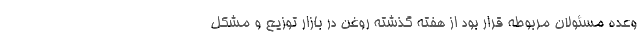
وعده مسئولان مربوطه قرار بود از هفته گذشته روغن در بازار توزیع و مشکل